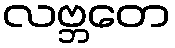
လဗ္ဘတေ